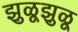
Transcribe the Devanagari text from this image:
झुळूझुळू